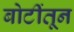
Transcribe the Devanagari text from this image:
बोटींतून